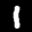
Label: 1